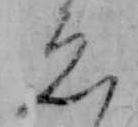
ゑ